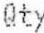
QTY